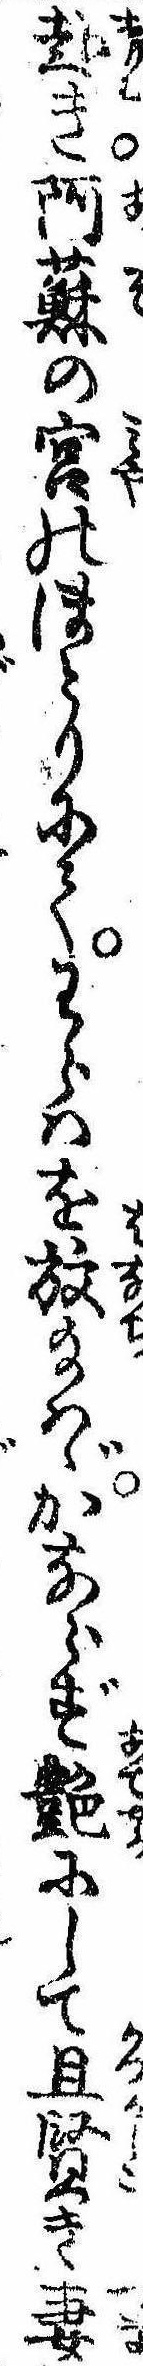
赴き阿蘇の宮のほとりにてわらはを放給はゞかならず艶にして且賢き妻